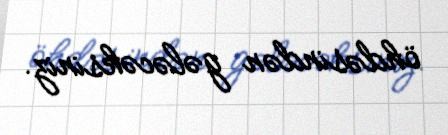
öhdəsindən gələcəksiniz.